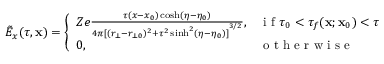
\tilde { E } _ { x } ( \tau , \mathbf { x } ) = \left\{ \begin{array} { l l } { Z e \frac { \tau ( x - x _ { 0 } ) \cosh ( \eta - \eta _ { 0 } ) } { 4 \pi { [ ( r _ { \bot } - r _ { \bot 0 } ) ^ { 2 } + \tau ^ { 2 } \sinh ^ { 2 } ( \eta - \eta _ { 0 } ) ] } ^ { 3 / 2 } } , } & { \mathrm { ~ i ~ f ~ } \tau _ { 0 } < \tau _ { f } ( \mathbf { x } ; \mathbf { x } _ { 0 } ) < \tau } \\ { 0 , } & { \mathrm { ~ o ~ t ~ h ~ e ~ r ~ w ~ i ~ s ~ e ~ } } \end{array} \right.